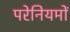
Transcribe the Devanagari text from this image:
परेनियमों